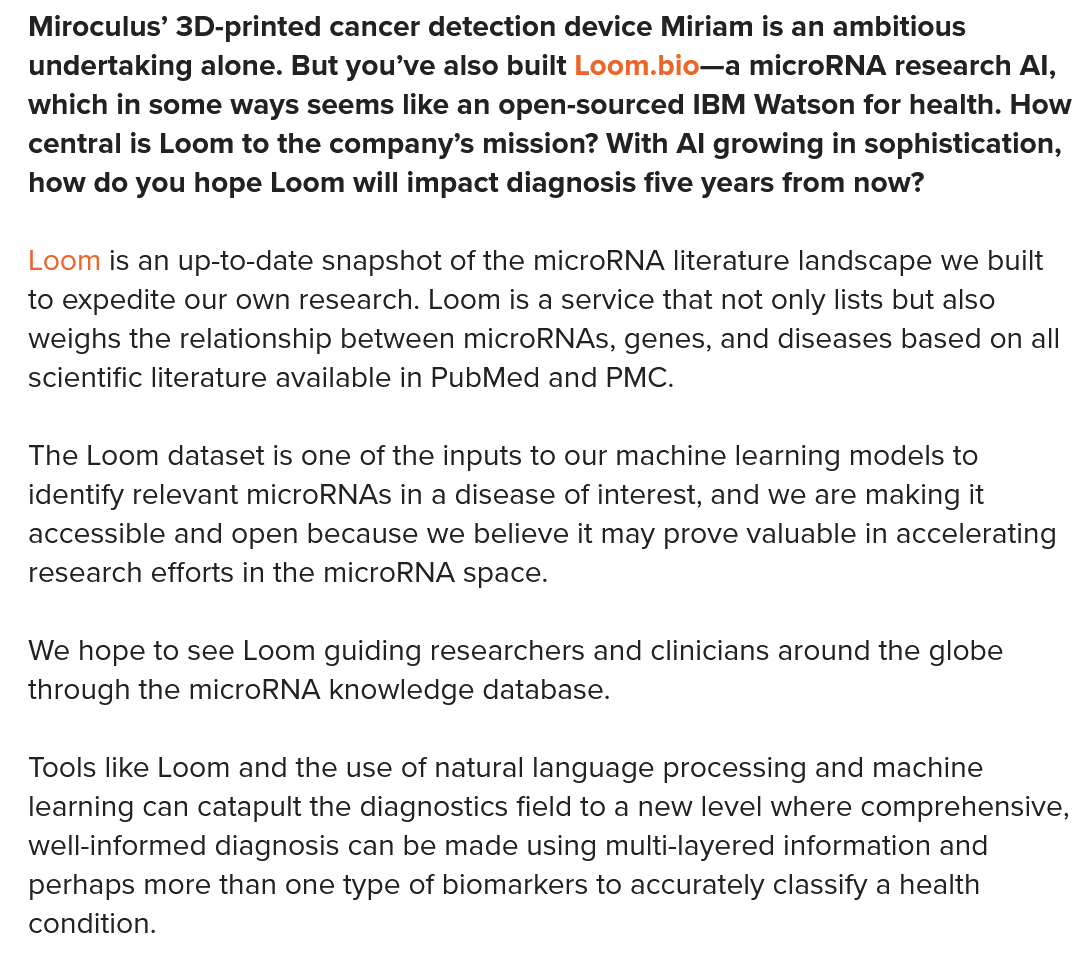
Miroculus’ 3D-printed cancer detection device Miriam is an ambitious
  undertaking alone. But you’ve also built Loom.bio—a microRNA research Al,
  which in some ways seems like an open-sourced IBM Watson for health. How
  central is Loom to the company’s mission? With Al growing in sophistication,
  how  do you hope Loom will impact diagnosis five years from now?
  Loom  is an up-to-date snapshot of the microRNA literature landscape we built
  to expedite our own research. Loom is a service that not only lists but also
  weighs the relationship between microRNAs, genes, and diseases based on all
  scientific literature available in PubMed and PMC.
  The Loom  dataset is one of the inputs to our machine learning models to
  identify relevant microRNAs in a disease of interest, and we are making it
  accessible and open because we believe it may prove valuable in accelerating
  research efforts in the microRNA space.
  We  hope to see Loom guiding researchers and clinicians around the globe
  through the microRNA knowledge database.
  Tools like Loom and the use of natural language processing and machine
  learning can catapult the diagnostics field to a new level where comprehensive,
  well-informed diagnosis can be made using multi-layered information and
  perhaps more than one type of biomarkers to accurately classify a health
  condition.